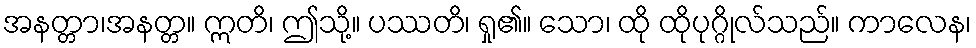
အနတ္တာ၊အနတ္တ။ ဣတိ၊ ဤသို့။ ပဿတိ၊ ရှု၏။ သော၊ ထို ထိုပုဂ္ဂိုလ်သည်။ ကာလေန၊